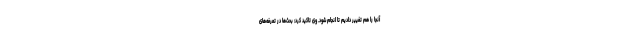
آنجا را هم تغییر دادیم تا انجام شود. وی تاکید کرد: بحث‌ها در تعرفه‌های